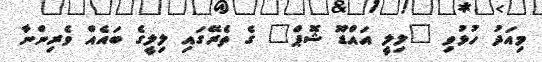
މިއަދު ހުޅުވި "ލިލީ އައްޑޫ ޝޮޕް" ގެ ތެރޭގައި ލިލީގެ ބައެއް ވެރިންނާ